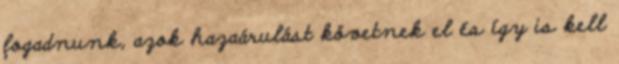
fogadnunk, azok hazaárulást követnek el és így is kell